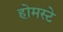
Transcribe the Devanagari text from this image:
होमस्टे